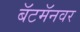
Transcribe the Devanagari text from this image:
बॅटमॅनवर